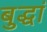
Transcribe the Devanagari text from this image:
बुद्धां